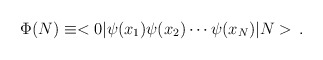
\begin{align*}\Phi(N)\equiv<0\vert\psi(x_1)\psi(x_2)\cdots\psi(x_N)\vert N>\,.\end{align*}